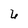
Character: 6